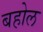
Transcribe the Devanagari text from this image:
बहोल